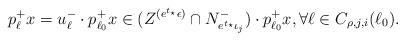
LaTeX: \begin{align*} p^+_\ell x = u_\ell^-\cdot p^+_{\ell_0}x \in (Z^{(e^{t_\star}\epsilon)} \cap N^-_{e^{t_\star}\iota_j}) \cdot p^+_{\ell_0}x, \forall \ell\in C_{\rho,j,i}(\ell_0).\end{align*}